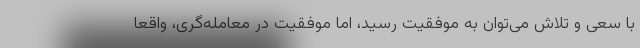
با سعی و تلاش می‌توان به موفقیت رسید، اما موفقیت در معامله‌گری، واقعاً